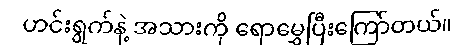
ဟင်းရွက်နဲ့ အသားကို ရောမွှေပြီးကြော်တယ်။